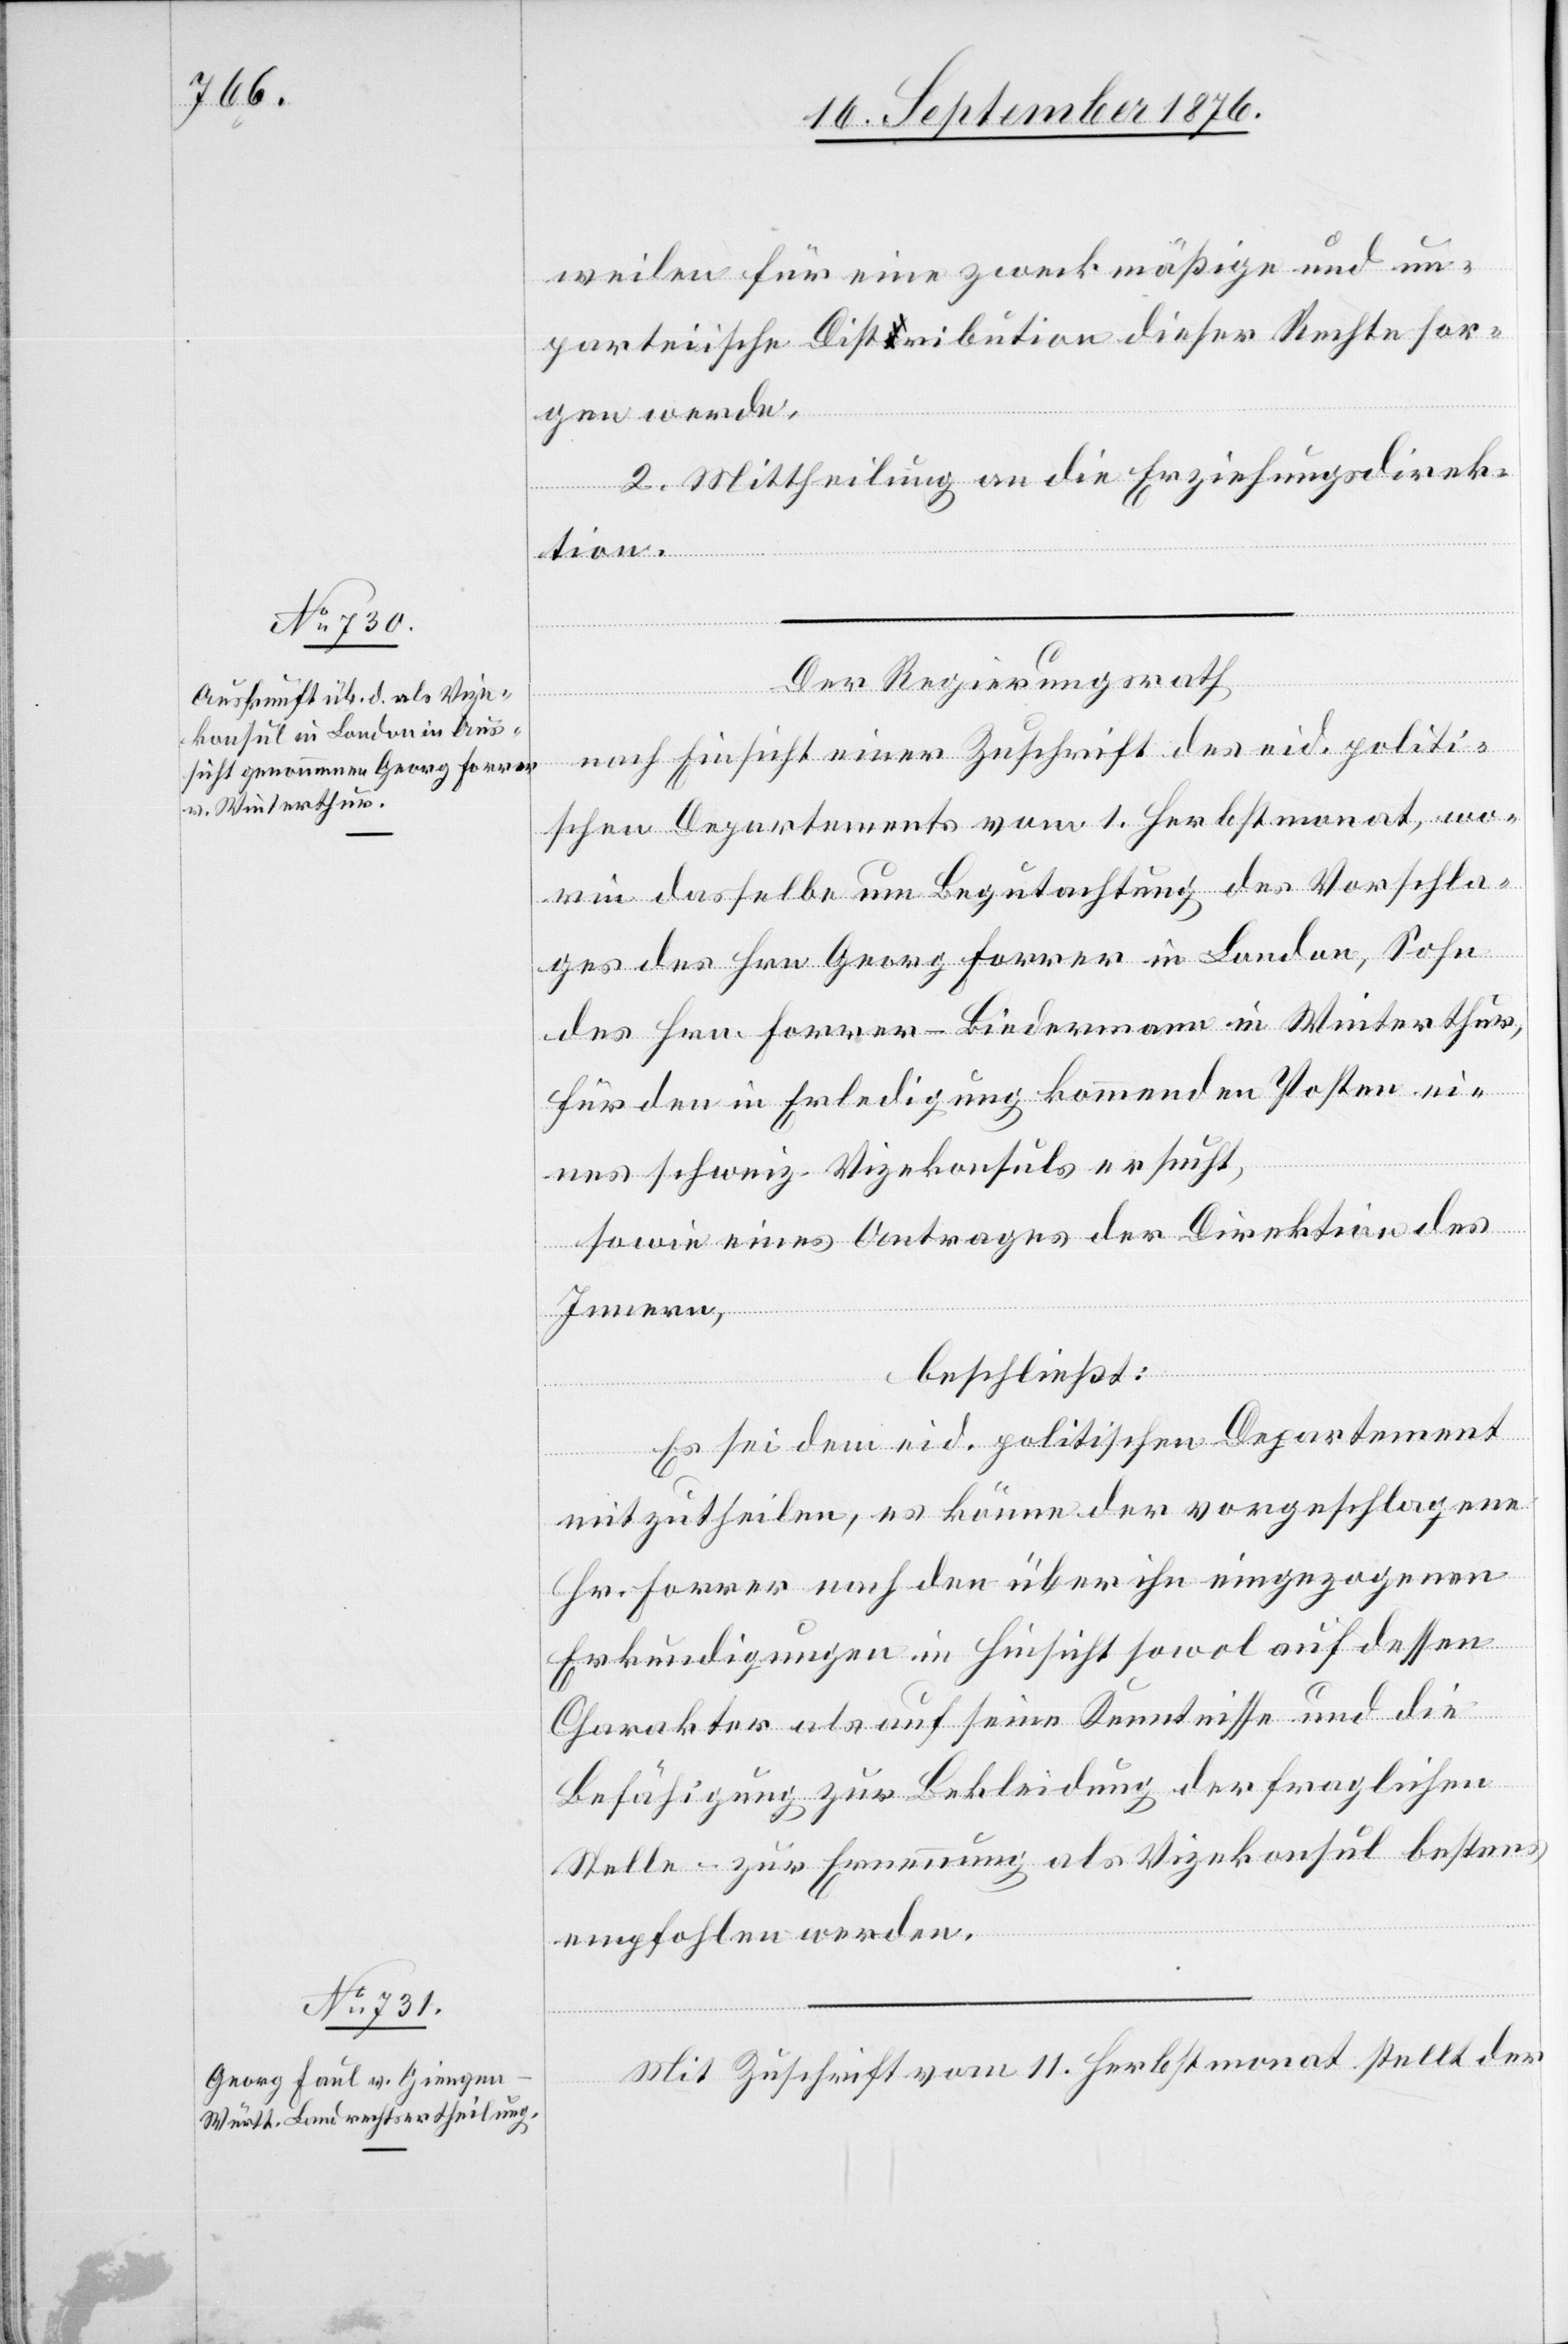
polit¬

weilen für eine zweckmäßige und un¬
parteiische Distribution dieser Rechte sor¬
gen werde.
2. Mittheilung an die Erziehungsdirek¬
tion.
Der Regierungsrath
ischen Departements vom 1. Herbstmonat, wo¬
rin dasselbe um Begutachtung des Vorschla¬
ges des Hrn. Georg Forrer in London, Sohn
des Hrn. Forrer-Biedermann in Winterthur,
für den in Erledigung kommenden Posten ei¬
nes schweiz. Vizekonsuls ersucht,
sowie eines Antrages der Direktion des
Innern,
beschließt:
Es sei dem eid. politischen Departement
mitzutheilen, es könne der vorgeschlagene
Hr. Forrer nach den über ihn eingezogenen
Erkundigungen in Hinsicht sowol auf dessen
Charakter als auf seine Kenntnisse und die
Befähigung zur Bekleidung der fraglichen
Stelle – zur Ernennung als Vizekonsul [–] bestens
empfohlen werden.
Mit Zuschrift vom 11. Herbstmonat stellt der